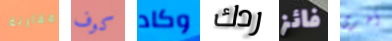
مقارنة كوف وكاد ردك فائز أخرى